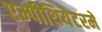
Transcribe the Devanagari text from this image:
एम्पीथियेटरमें